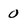
Character: 0